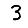
Digit: 3